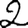
Digit: 2